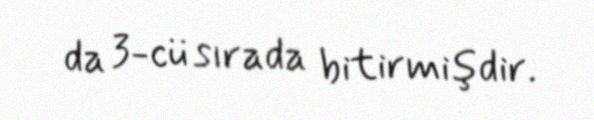
da 3-cü sırada bitirmişdir.